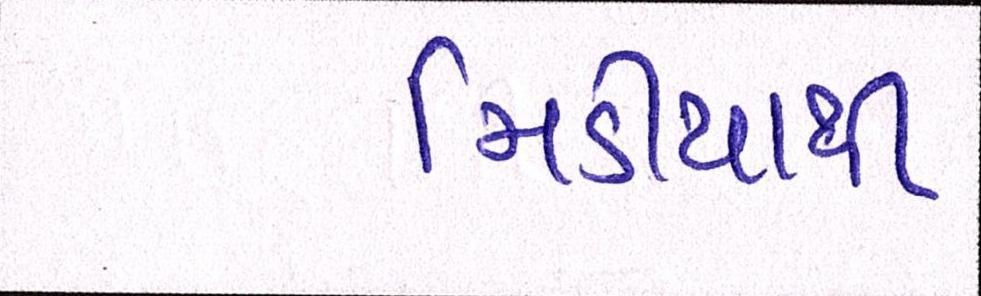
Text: મિડીયાથી